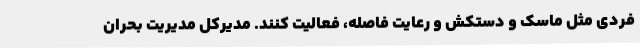
فردی مثل ماسک و دستکش و رعایت فاصله، فعالیت کنند. مدیرکل مدیریت بحران